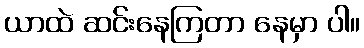
ယာထဲ ဆင်းနေကြတာ နေမှာ ပါ။